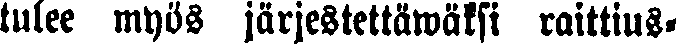
tulee myös järjestettäwätsi raittius-